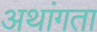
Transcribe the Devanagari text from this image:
अथांगता